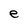
Character: e